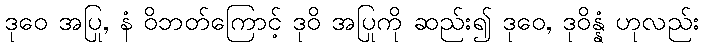
ဒုဝေ အပြု, နံ ဝိဘတ်ကြောင့် ဒုဝိ အပြုကို ဆည်း၍ ဒုဝေ, ဒုဝိန္နံ ဟုလည်း